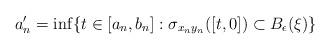
LaTeX: \begin{align*}a_n^\prime = \inf \{ t \in [a_n,b_n] : \sigma_{x_ny_n}([t,0]) \subset B_{\epsilon}(\xi)\}\end{align*}